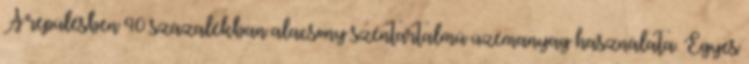
A repülésben 40 százalékban alacsony széntartalmú üzemanyag használata. Egyes